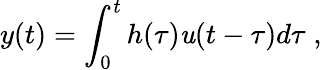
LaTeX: y(t)=\int_{0}^{t}h(\tau)\mathit{u}(t-\tau)d\tau\; ,